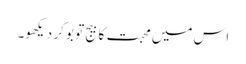
اس میں محبت کا بیج تو بو کر دیکھو۔